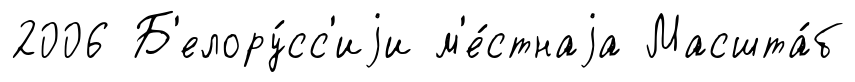
2006 Б'елору́сс'иjи м'е́стнаjа Масшта́б